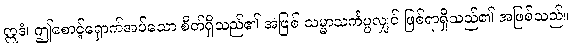
ဣဒံ၊ ဤစောင့်ရှောက်အပ်သော စိတ်ရှိသည်၏ အဖြစ် သမ္မာသင်္ကပ္ပလျှင် ဖြစ်ရာရှိသည်၏ အဖြစ်သည်။